Vaccination in Burma 1912-1922 - 1912-1922
Year: 1912
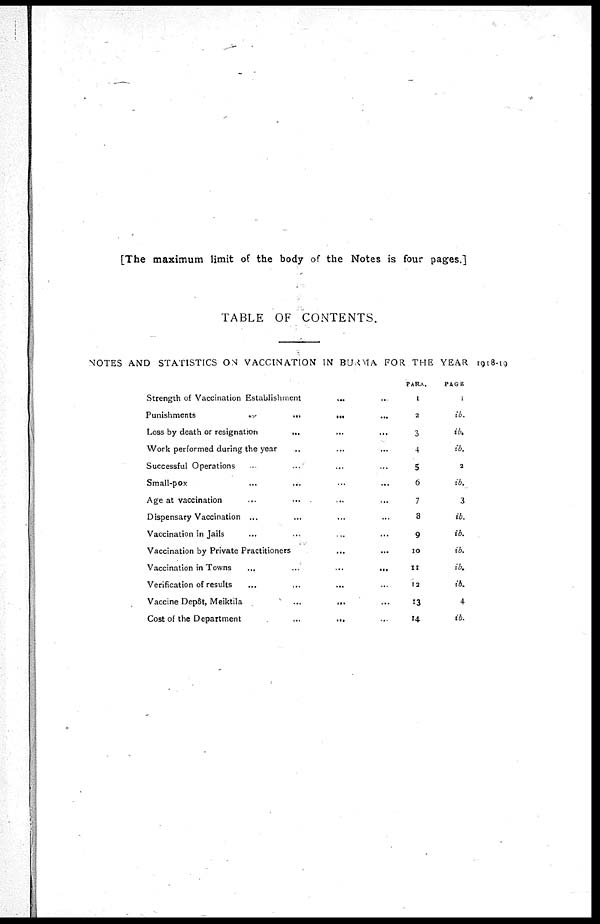
[The maximum limit of the body of the Notes is four pages.]
TABLE OF CONTENTS.
NOTES AND STATISTICS ON VACCINATION IN BURMA FOR THE YEAR 1918-19
Strength of Vaccination Establishment ... ...
Punishments
...
...
...
Loss by death or resignation
...
...
...
Work performed during the year ... ... ...
Successful Operations ... ... ... ...
Small-pox
...
...
...
...
Age at vaccination ... ... ... ...
Dispensary Vaccination ... ... ... ...
Vaccination in Jails ... ... ... ...
Vaccination by Private Practitioners ... ...
Vaccination in Towns
...
...
...
...
Verification of results
...
...
...
...
Vaccine Depôt, Meiktila
...
...
...
Cost of the Department
...
...
...
PARA.
1
2
3
4
5
6
7
8
9
10
11
12
13
14
PAGE.
1
ib.
ib.
ib.
2
ib.
3
ib.
ib.
ib.
ib.
ib.
4
ib.